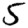
Digit: 5